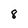
Character: 8